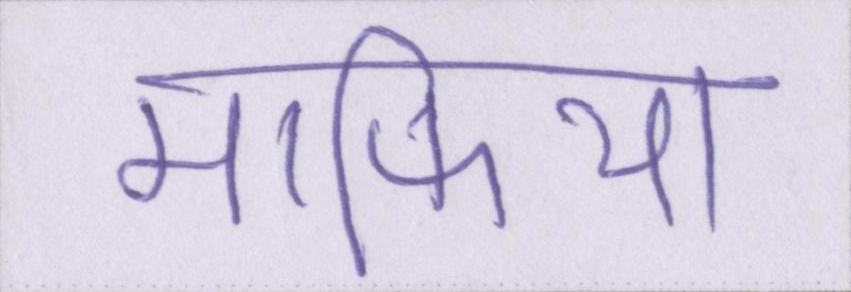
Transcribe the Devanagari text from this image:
माफिया